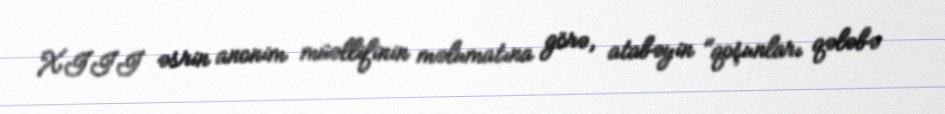
XIII əsrin anonim müəllifinin məlumatına görə, atabəyin "qoşunları qələbə